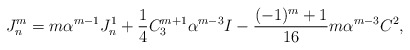
\begin{align*}J_n^m=m\alpha^{m-1}J_n^1+\frac 14C_3^{m+1}\alpha^{m-3}I -\frac{(-1)^m+1}{16}m\alpha^{m-3}C^2,\end{align*}